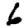
Digit: 6